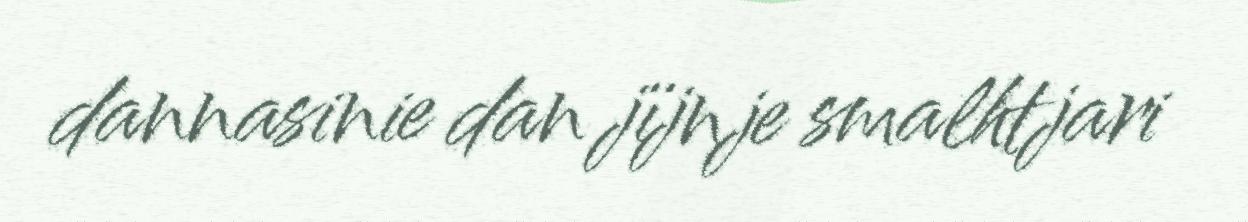
dannasinie dan jïjnje smalhtjari